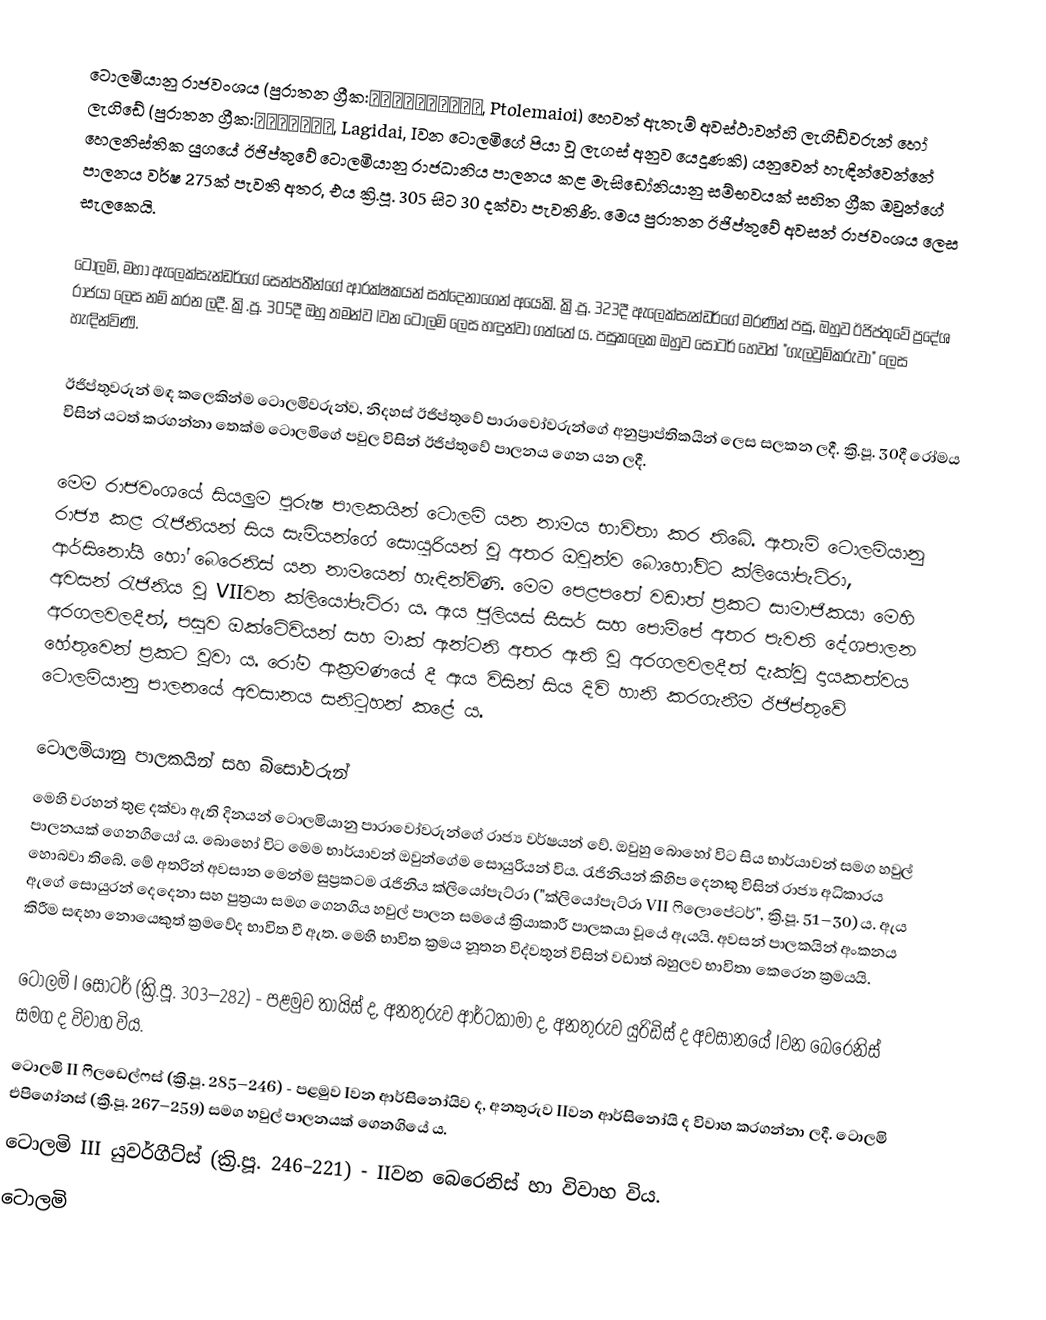
ටොලමියානු රාජවංශය  (පුරාතන ග්‍රීක:Πτολεμαῖοι, Ptolemaioi) හෙවත් ඇතැම් අවස්ථාවන්හි ලැගිඩ්වරුන්  හෝ ලැගිඩේ  (පුරාතන ග්‍රීක:Λαγίδαι, Lagidai, Iවන ටොලමිගේ පියා වූ ලැගස් අනුව යෙදුණකි) යනුවෙන් හැඳින්වෙන්නේ හෙලනිස්තික යුගයේ ඊජිප්තුවේ ටොලමියානු රාජධානිය පාලනය කළ මැසිඩෝනියානු සම්භවයක් සහිත ග්‍රීක ඔවුන්ගේ පාලනය වර්ෂ 275ක් පැවති අතර, එය ක්‍රි.පූ. 305 සිට 30 දක්වා පැවතිණි. මෙය පුරාතන ඊජිප්තුවේ අවසන් රාජවංශය ලෙස සැලකෙයි.

ටොලමි, මහා ඇලෙක්සැන්ඩර්ගේ සෙන්පතීන්ගේ ආරක්ෂකයන් සත්දෙනාගෙන් අයෙකි. ක්‍රි.පූ. 323දී ඇලෙක්සැන්ඩර්ගේ මරණින් පසු, ඔහුව ඊජිප්තුවේ ප්‍රදේශ රාජයා ලෙස නම් කරන ලදී. ක්‍රි.පූ. 305දී ඔහු තමන්ව Iවන ටොලමි ලෙස හඳුන්වා ගත්තේ ය. පසුකලෙක ඔහුව සෝටර් හෙවත් "ගැලවුම්කරුවා" ලෙස හැඳින්විණි.

ඊජිප්තුවරුන් මඳ කලෙකින්ම ටොලමිවරුන්ව, නිදහස් ඊජිප්තුවේ පාරාවෝවරුන්ගේ අනුප්‍රාප්තිකයින් ලෙස සලකන ලදී. ක්‍රි.පූ. 30දී රෝමය විසින් යටත් කරගන්නා තෙක්ම ටොලමිගේ පවුල විසින් ඊජිප්තුවේ පාලනය ගෙන යන ලදී.

මෙම රාජවංශයේ සියලුම පුරුෂ පාලකයින් ටොලමි යන නාමය භාවිතා කර තිබේ. ඇතැම් ටොලමියානු රාජ්‍ය කළ රැජිනියන් සිය සැමියන්ගේ සොයුරියන් වූ අතර ඔවුන්ව බොහෝවිට ක්ලියෝපැට්රා, ආර්සිනෝයි හෝ බෙරෙනිස් යන නාමයෙන් හැඳින්විණි. මෙම පෙළපතේ වඩාත් ප්‍රකට සාමාජිකයා මෙහි අවසන් රැජිනිය වූ VIIවන ක්ලියෝපැට්රා ය. ඇය ජුලියස් සීසර් සහ පොම්පේ අතර පැවති දේශපාලන අරගලවලදීත්, පසුව ඔක්ටේවියන් සහ මාක් ඇන්ටනි අතර ඇති වූ අරගලවලදීත් දැක්වූ දායකත්වය හේතුවෙන් ප්‍රකට වූවා ය. රෝම ආක්‍රමණයේ දී ඇය විසින් සිය දිවි හානි කරගැනීම ඊජිප්තුවේ ටොලමියානු පාලනයේ අවසානය සනිටුහන් කළේ ය.

ටොලමියානු පාලකයින් සහ බිසෝවරුන්
මෙහි වරහන් තුළ දක්වා ඇති දිනයන් ටොලමියානු පාරාවෝවරුන්ගේ රාජ්‍ය වර්ෂයන් වේ. ඔවුහු බොහෝ විට සිය භාර්යාවන් සමග හවුල් පාලනයක් ගෙනගියෝ ය. බොහෝ විට මෙම භාර්යාවන් ඔවුන්ගේම සොයුරියන් විය. රැජිනියන් කිහිප දෙනකු විසින් රාජ්‍ය අධිකාරය හොබවා තිබේ. මේ අතරින් අවසාන මෙන්ම සුප්‍රකටම රැජිනිය ක්ලියෝපැට්රා ("ක්ලියෝපැට්රා VII ෆිලොපේටර්", ක්‍රි.පූ. 51–30) ය. ඇය ඇගේ සොයුරන් දෙදෙනා සහ පුත්‍රයා සමග ගෙනගිය හවුල් පාලන සමයේ ක්‍රියාකාරී පාලකයා වූයේ ඇයයි. අවසන් පාලකයින් අංකනය කිරීම සඳහා නොයෙකුත් ක්‍රමවේද භාවිත වී ඇත. මෙහි භාවිත ක්‍රමය නූතන විද්වතුන් විසින් වඩාත් බහුලව භාවිතා කෙරෙන ක්‍රමයයි.

 ටොලමි I සෝටර් (ක්‍රි.පූ. 303–282)  - පළමුව තායිස් ද, අනතුරුව ආර්ටකාමා ද, අනතුරුව යුරිඩිස් ද අවසානයේ Iවන බෙරෙනිස් සමග ද විවාහ විය.
 ටොලමි II ෆිලඩෙල්ෆස් (ක්‍රි.පූ. 285–246) - පළමුව Iවන ආර්සිනෝයිව ද, අනතුරුව IIවන ආර්සිනෝයි ද විවාහ කරගන්නා ලදී. ටොලමි එපිගෝනස් (ක්‍රි.පූ. 267–259) සමග හවුල් පාලනයක් ගෙනගියේ ය.
 ටොලමි III යුවර්ගීට්ස් (ක්‍රි.පූ. 246–221) - IIවන බෙරෙනිස් හා විවාහ විය.
 ටොලමි